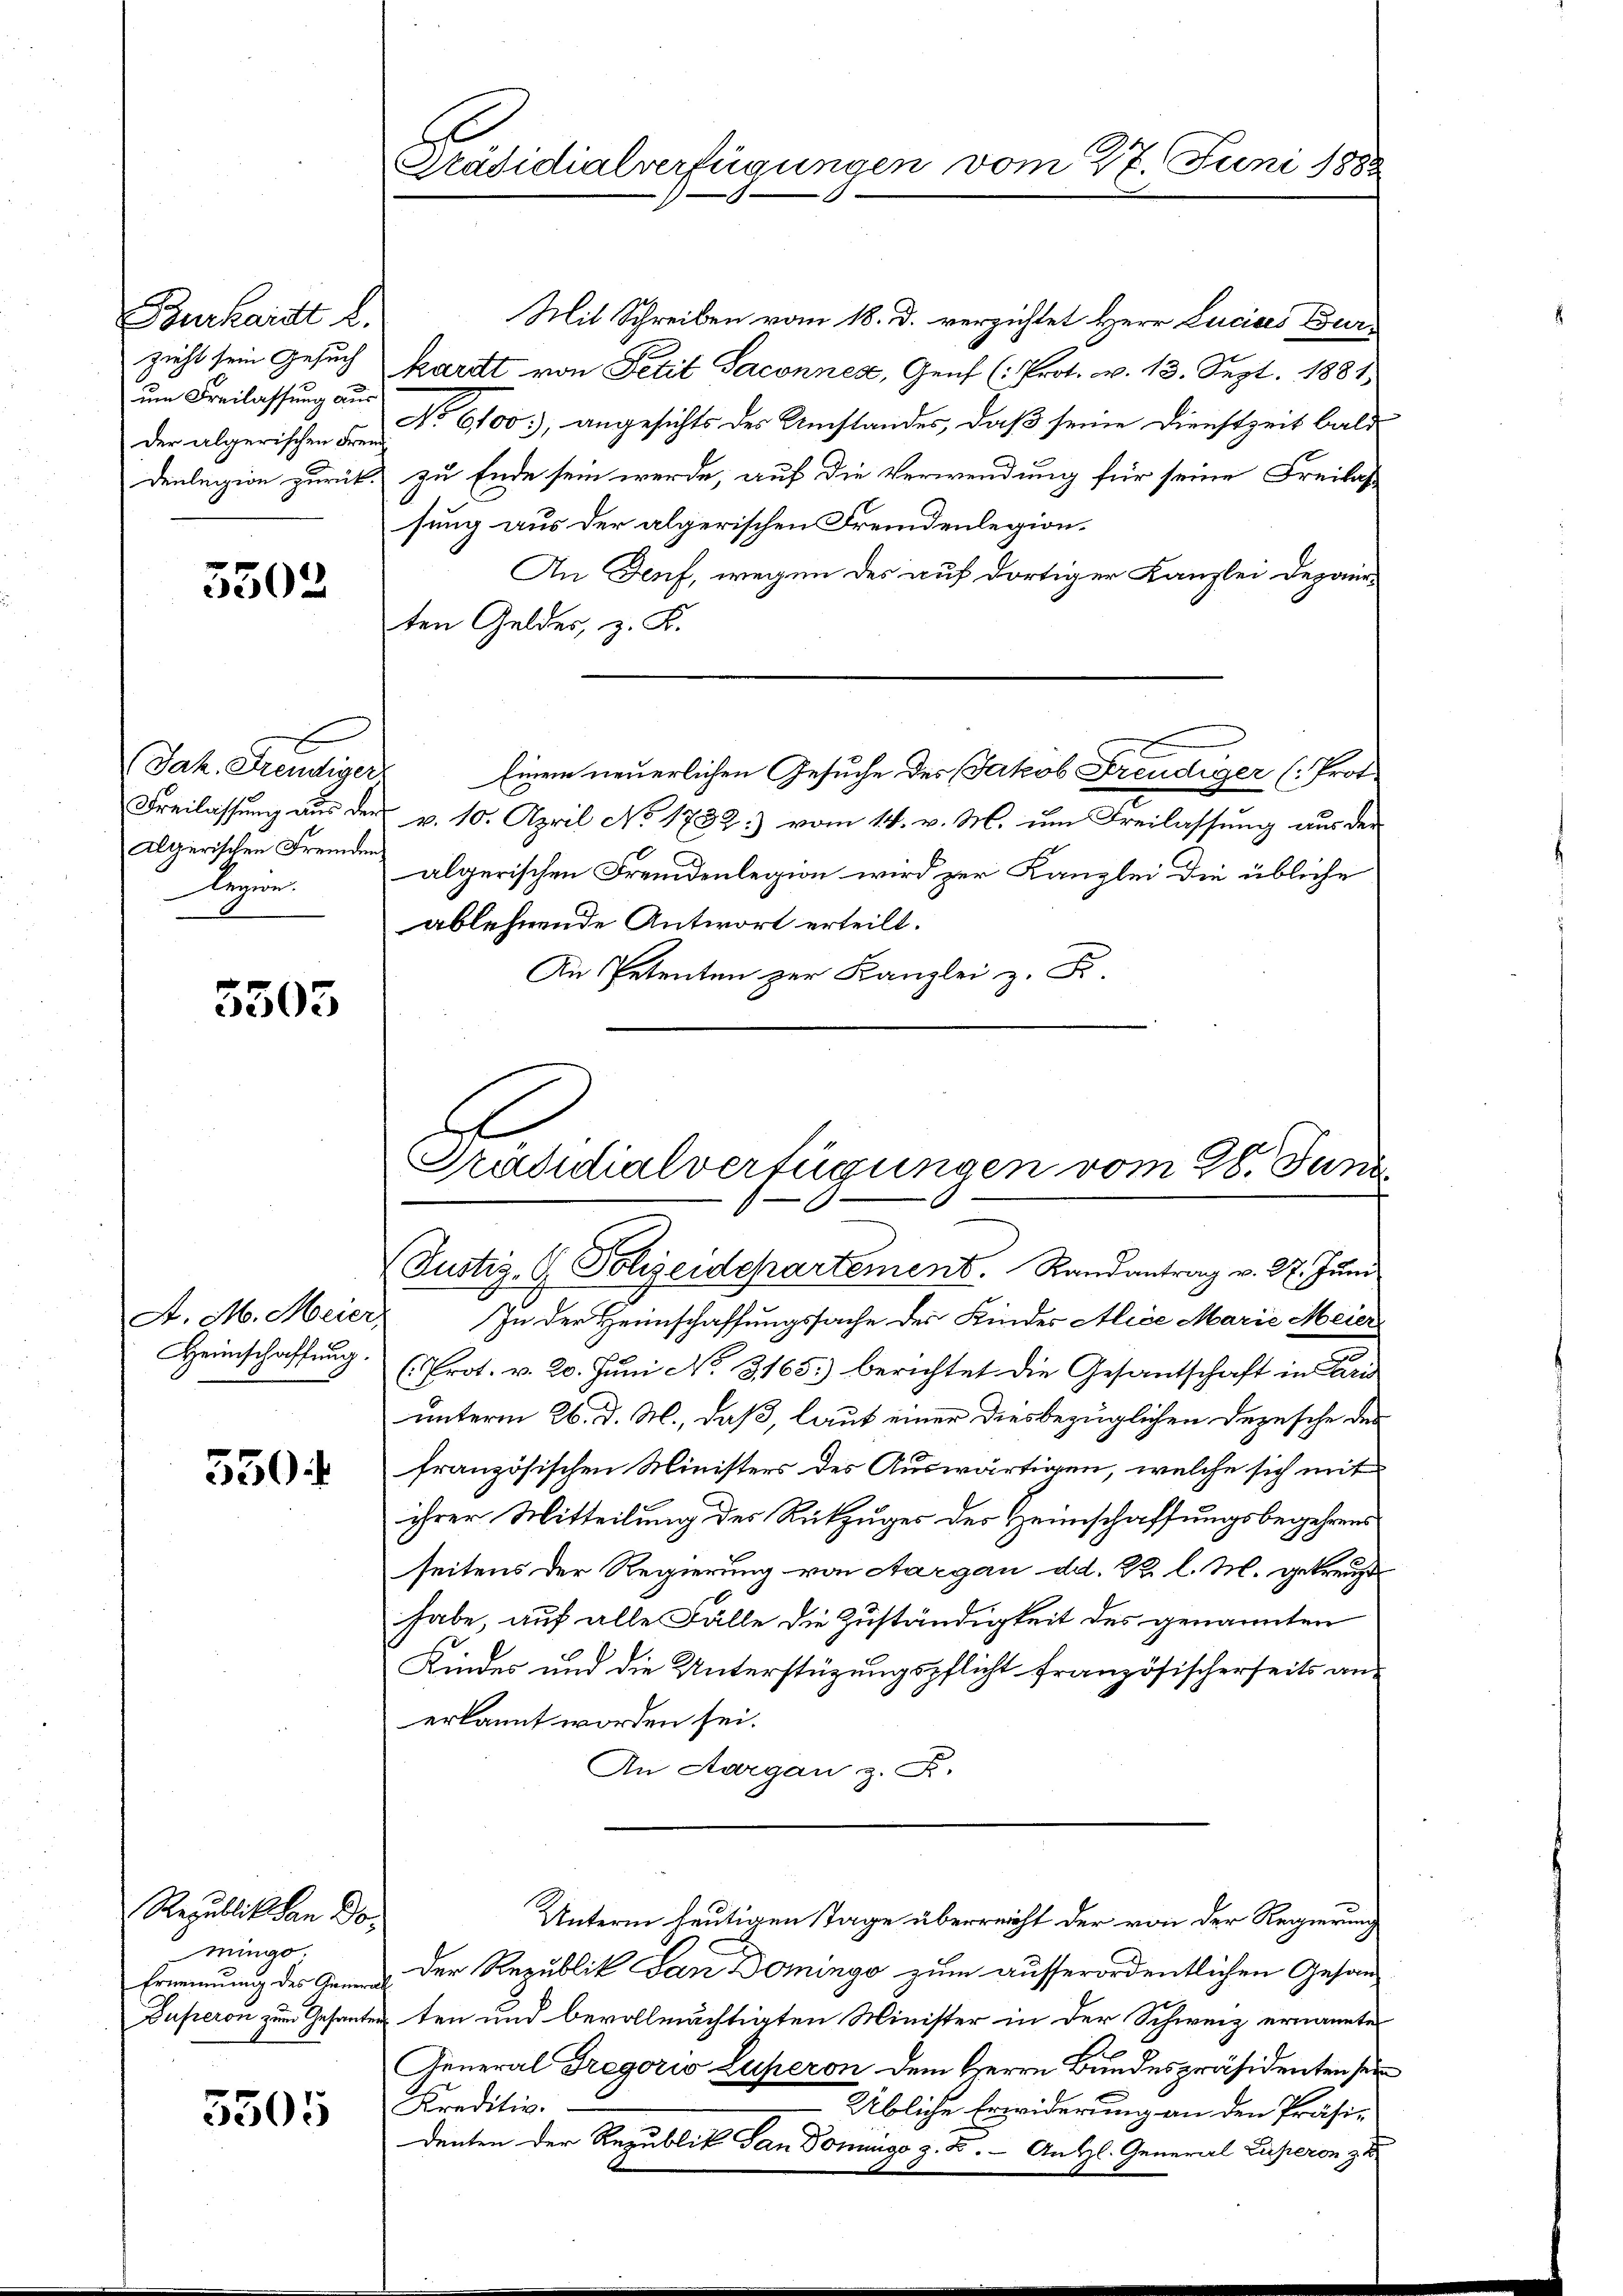
Burkardt l.
zieht sein Gesuch
um Freilassung aus

5302

Jak. Greutiger
Algerischen Fremden

5503

A. M. Meier
Heimschaffung.

550 f

Republik an Do
minge.

5505

Präsidialverfügungen vom 27. Juni 188

(Justiz- & Polizeidepartement. Randantrag v. 27. Jŭni

In der Heimschaffungssache der Kinder Alice Marie Meier
(Prot. v. 20. Jŭni No. 3165) berichtet die Gesantschaft in Fris
unterm 26. d. M., daß, laut einer diesbezüglichen Depesche der
französischen Ministers des Auswärtigen, welche sich mit
ihrer Mitteilung der Rückzuges des Heimschaffungsbegehrens
seitens der Regierung von Aargau dd. 22. l. M. gekreuzt
habe, auf alle Fälle die Zuständigkeit des genannten
Kindes und die Unterstüzungspflicht französischerseits an-
erkannt worden sei.
An Aargau z. R.
Unterm heutigen Tage überreicht der von der Regierung
  der Republik Lan Domingo zum ausserordentlichen Gesand¬
Duperon zum Gesanten ten und bevollmächtigten Minister in der Schweiz ernannte
General Gregoris Luperon dem Herrn Bundespräsidenten sein
Kreditiv.
Übliche Erwiderung an den Präsidenten der Republik dan Domingo z. B. - Antl. General Superon zu

Mit Schreiben vom 18. d. verzichtet Herr Lucias Burkardt von Petit Saconnes, Genf (: Prot. v. 13. Sept. 1881
der algerischen den No 6100., angesichts der Umstandes, daß seine Dienstzeit bald
denlegion zurück zu Ende sein werde, auf die Verwendung für seine Freilas
sung aus der algerischen Fremdenlegion¬
An Deuf, wegen des auf dortiger Kanzlei Departen Gelder, z. B.
Einem neuerlichen Gesuche des Jakob Freudiger (Prot
Freilassung aus der v. 10. April No 1732) vom 14. v. M. um Freilassung aus der
lezionalgerischen Fremdenlegion wird zur Kanzlei die übliche
ablehnende Antwort erteilt.
An Petenten zur Kanzlei z. Fr.
be
Präsidialverfügungen vom 28. Juni